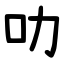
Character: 叻